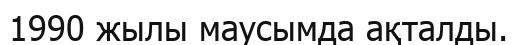
1990 жылы маусымда ақталды.